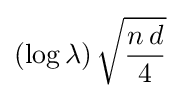
(\log {\lambda })\,{\sqrt {\frac {n\,d}{4}}}